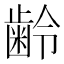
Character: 齢